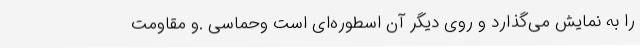
را به نمایش می‌گذارد و روی دیگر آن اسطوره‌ای است وحماسی .و مقاومت